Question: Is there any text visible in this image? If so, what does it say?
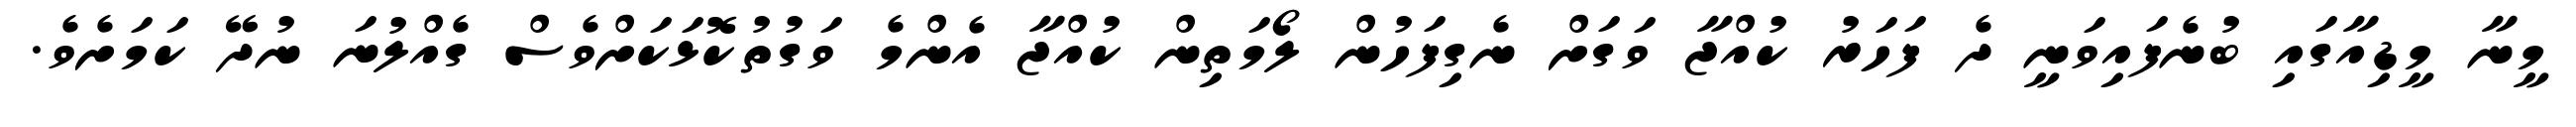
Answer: މީނާ މީޑިއާގައި ބުނެފައިވަނީ ދެ ފަހަރު ކުއްޖާ ވަގަށް ނެގިފަހުން ލޯމަތިން ކުއްޖާ އެންމެ ވަގުތުކޮޅަކަށްވެސް ގެއްލުނަ ނުދޭ ކަމަށެވެ.